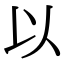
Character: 以